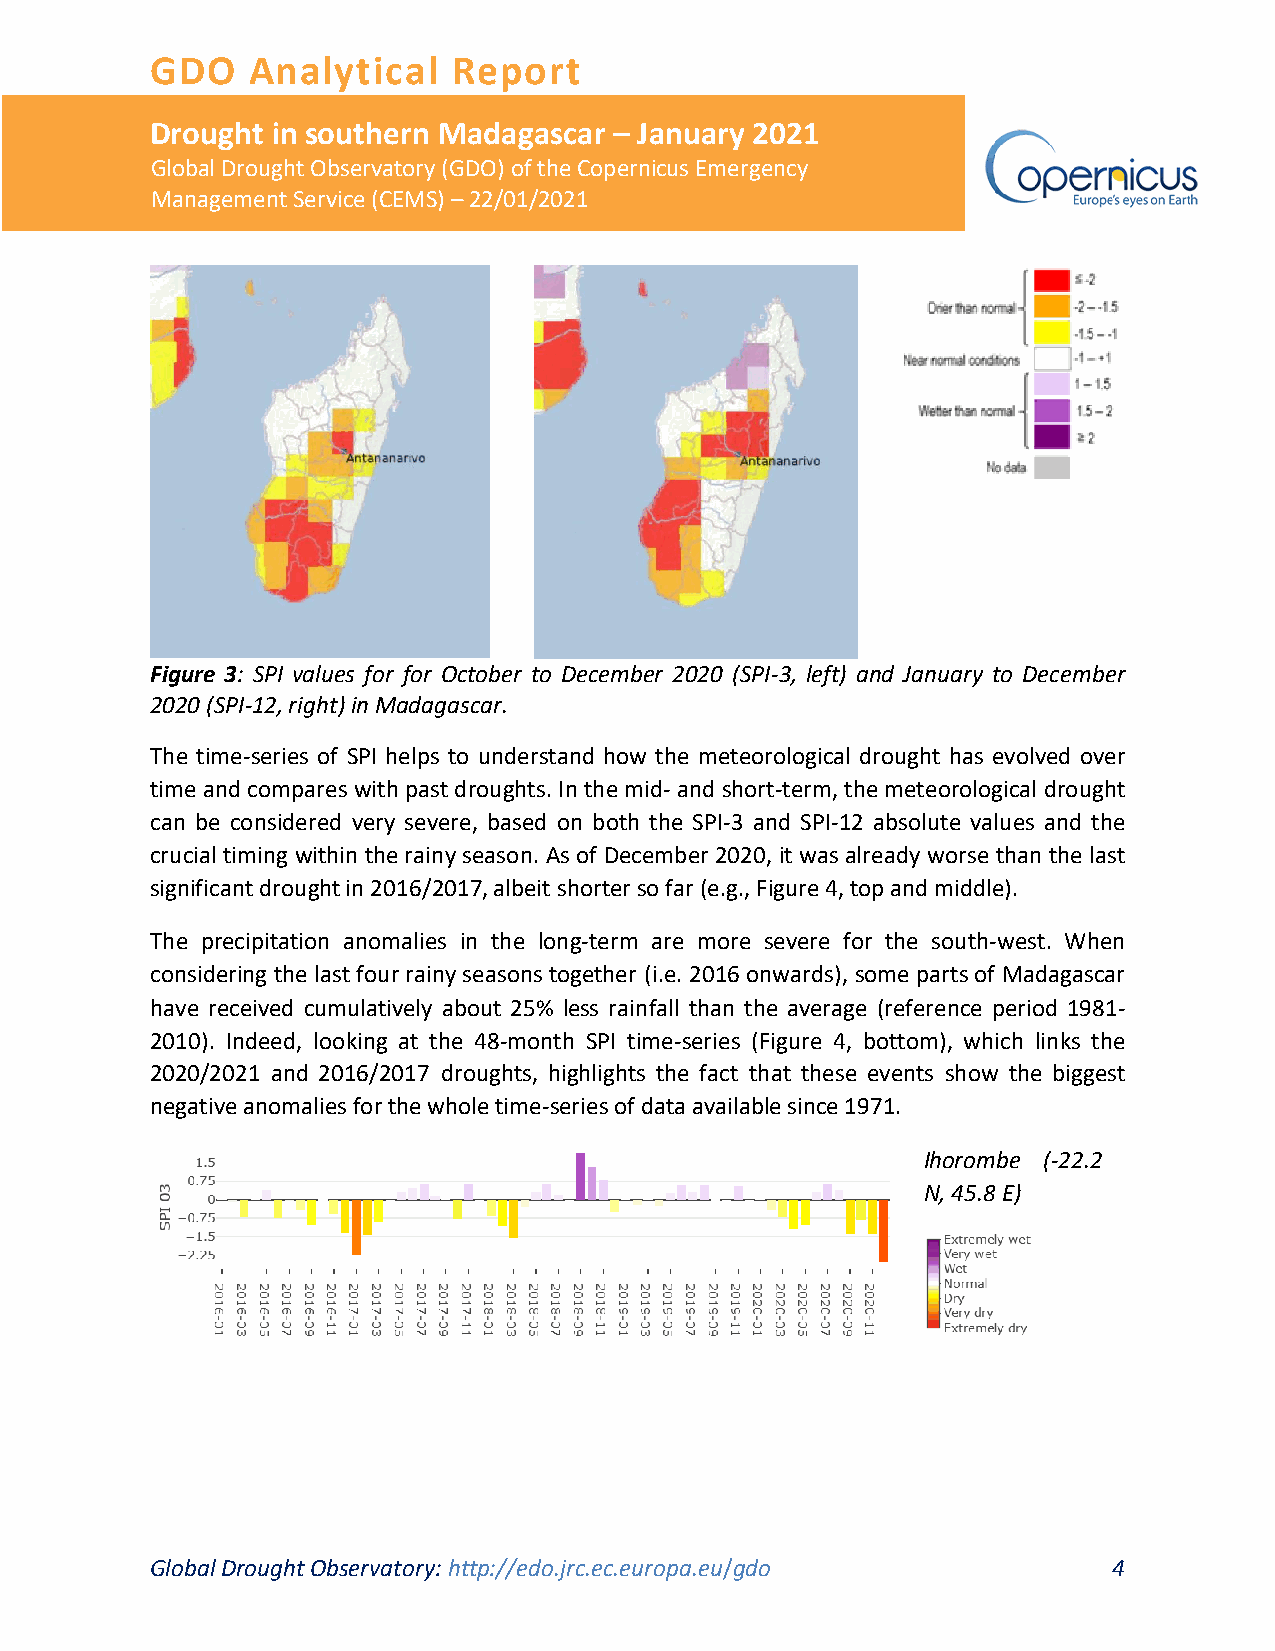
GDO   Analytical    Report
 Drought in southern Madagascar – January 2021
 Global Drought Observatory (GDO) of the Copernicus Emergency
 Management Service (CEMS) – 22/01/2021
 Figure 3: SPI values for for October to December 2020 (SPI-3, left) and January to December
 2020 (SPI-12, right) in Madagascar.
 The time-series of SPI helps to understand how the meteorological drought has evolved over
 time and compares with past droughts. In the mid- and short-term, the meteorological drought
 can be considered very severe, based on both the SPI-3 and SPI-12 absolute values and the
 crucial timing within the rainy season. As of December 2020, it was already worse than the last
 significant drought in 2016/2017, albeit shorter so far (e.g., Figure 4, top and middle).
 The precipitation anomalies in the long-term are more severe for the south-west. When
 considering the last four rainy seasons together (i.e. 2016 onwards), some parts of Madagascar
 have received cumulatively about 25% less rainfall than the average (reference period 1981-
 2010). Indeed, looking at the 48-month SPI time-series (Figure 4, bottom), which links the
 2020/2021 and 2016/2017 droughts, highlights the fact that these events show the biggest
 negative anomalies for the whole time-series of data available since 1971.
 Ihorombe (-22.2
 N, 45.8 E)
 Global Drought Observatory: http://edo.jrc.ec.europa.eu/gdo     4